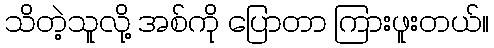
သိတဲ့သူလို့ အစ်ကို ပြောတာ ကြားဖူးတယ်။